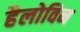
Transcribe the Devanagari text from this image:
हैलोविन